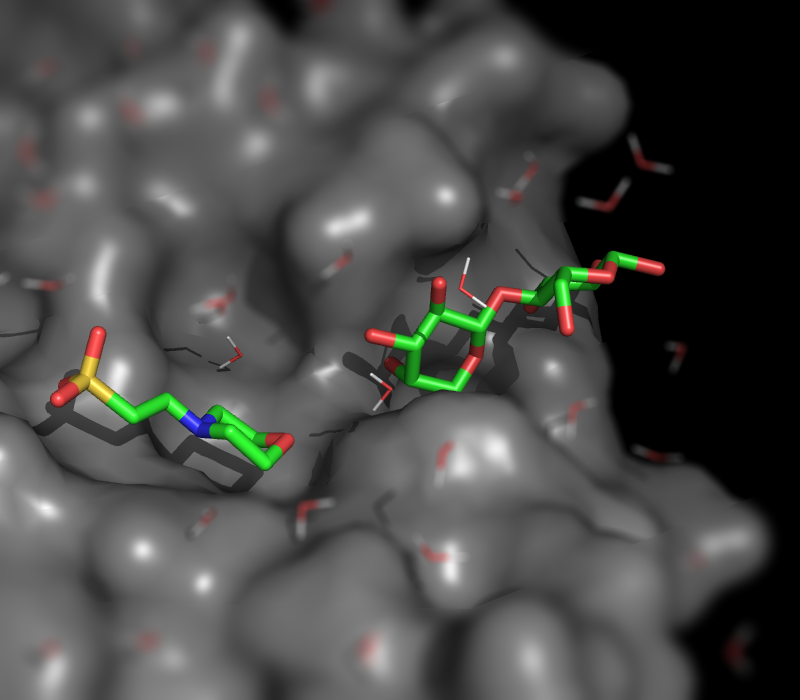
pymol, surface, sticks, h_add solvent